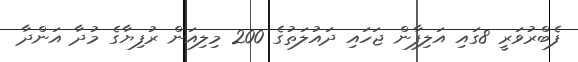
ފެބްރުވަރީ 8ގައި އަލިފާން ޖަހައި ދައުލަތުގެ 200 މިލިއަން ރުފިޔާގެ މުދާ އަންދާ